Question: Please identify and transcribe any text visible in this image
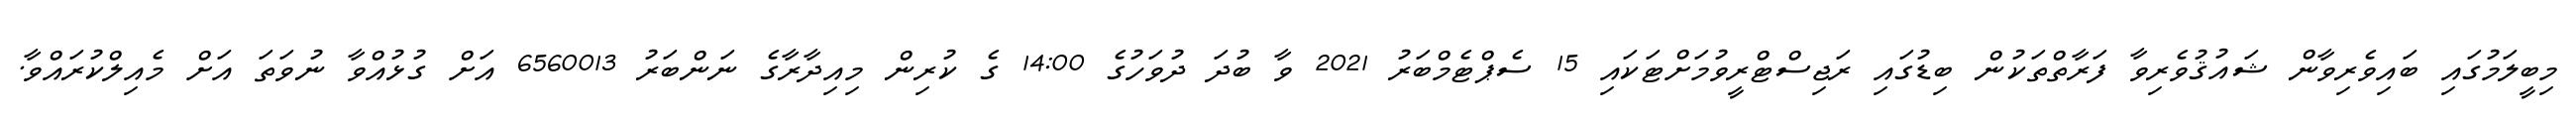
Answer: މިބީލަމުގައި ބައިވެރިވާން ޝައުޤުވެރިވާ ފަރާތްތަކުން ބިޑުގައި ރަޖިސްޓްރީވުމަށްޓަކައި 15 ސެޕްޓެމްބަރު 2021 ވާ ބުދަ ދުވަހުގެ 14:00 ގެ ކުރިން މިއިދާރާގެ ނަންބަރު 6560013 އަށް ގުޅުއްވާ ނުވަތަ އަށް މެއިލްކުރައްވާ.